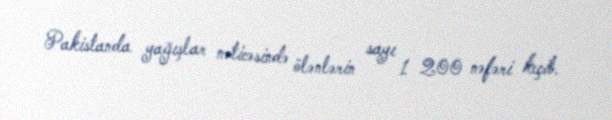
Pakistanda yağışlar nəticəsində ölənlərin sayı 1 200 nəfəri keçib.